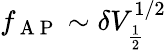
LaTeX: f_{\mathrm{~A~P~}}\sim\delta V_{\frac{1}{2}}^{1/2}